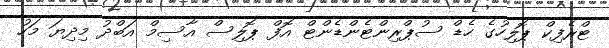
ޓްރެފިކް ޕޮލިހުގެ ހެޑް ސުޕްރިންޓެންޑެންޓް އޮފް ޕޮލިސް އާސިމް އަބްދު މިދިޔަ މަހު